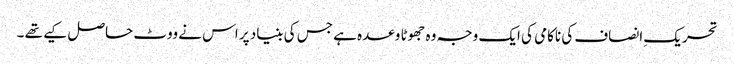
تحریک ِانصاف کی ناکامی کی ایک وجہ وہ جھوٹا وعدہ ہے جس کی بنیاد پر اس نے ووٹ حاصل کیے تھے ۔